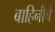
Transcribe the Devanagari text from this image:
बाहिनीचे